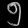
Digit: ၅